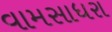
વામસાધરા